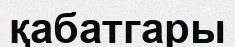
қабатгары